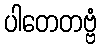
ပါတေတဗ္ဗံ